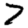
Digit: 7